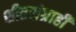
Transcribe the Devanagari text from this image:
शीतसंग्राही